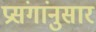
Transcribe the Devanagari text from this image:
प्रसंगांनुसार